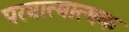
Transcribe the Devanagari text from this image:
परमात्मात्मक